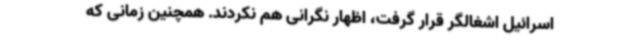
اسرائیل اشغالگر قرار گرفت، اظهار نگرانی هم نکردند. همچنین زمانی که